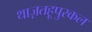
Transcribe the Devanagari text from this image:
थाज़तहूपुरकल